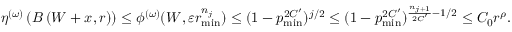
\eta ^ { ( \omega ) } \left( B \left( W + x , r \right) \right) \leq \phi ^ { ( \omega ) } ( W , \varepsilon r _ { \operatorname* { m i n } } ^ { n _ { j } } ) \leq ( 1 - p _ { \operatorname* { m i n } } ^ { 2 C ^ { \prime } } ) ^ { j / 2 } \leq ( 1 - p _ { \operatorname* { m i n } } ^ { 2 C ^ { \prime } } ) ^ { \frac { n _ { j + 1 } } { 2 C ^ { \prime } } - 1 / 2 } \leq C _ { 0 } r ^ { \rho } .